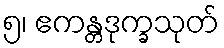
၅၊ ဧကန္တဒုက္ခသုတ်